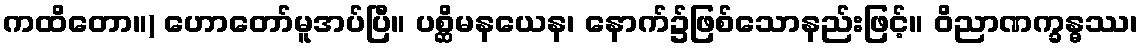
ကထိတော။) ဟောတော်မူအပ်ပြီ။ ပစ္ဆိမနယေန၊ နောက်၌ဖြစ်သောနည်းဖြင့်။ ဝိညာဏက္ခန္ဓဿ၊